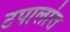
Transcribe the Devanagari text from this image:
टपालांत